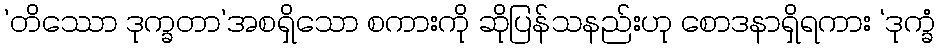
’တိဿော ဒုက္ခတာ’အစရှိသော စကားကို ဆိုပြန်သနည်းဟု စောဒနာရှိရကား ‘ဒုက္ခံ